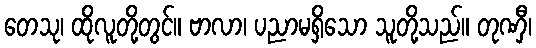
တေသု၊ ထိုလူတို့တွင်။ ဗာလာ၊ ပညာမရှိသော သူတို့သည်။ တုဏှီ၊